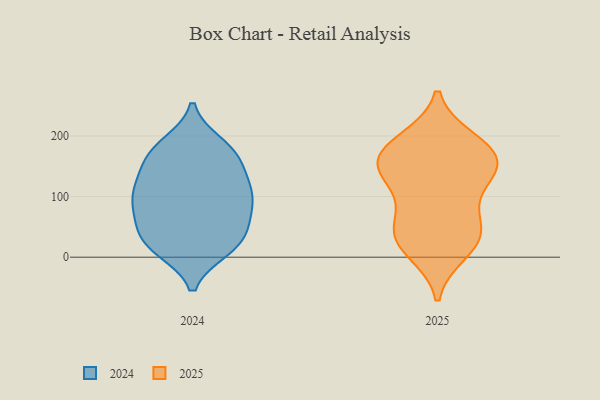
{"axis": {"x": "Headcount", "y": "Value"}, "legend": ["2024", "2025"], "data": [{"x": "", "y": 181, "type": "2025"}, {"x": "", "y": 144, "type": "2025"}, {"x": "", "y": 87, "type": "2025"}, {"x": "", "y": 30, "type": "2025"}, {"x": "", "y": 10, "type": "2025"}, {"x": "", "y": 178, "type": "2025"}, {"x": "", "y": 168, "type": "2025"}, {"x": "", "y": 26, "type": "2025"}, {"x": "", "y": 192, "type": "2025"}, {"x": "", "y": 137, "type": "2025"}, {"x": "", "y": 137, "type": "2025"}, {"x": "", "y": 49, "type": "2025"}, {"x": "", "y": 147, "type": "2025"}, {"x": "", "y": 50, "type": "2025"}, {"x": "", "y": 73, "type": "2024"}, {"x": "", "y": 162, "type": "2024"}, {"x": "", "y": 17, "type": "2024"}, {"x": "", "y": 176, "type": "2024"}, {"x": "", "y": 186, "type": "2024"}, {"x": "", "y": 30, "type": "2024"}, {"x": "", "y": 63, "type": "2024"}, {"x": "", "y": 32, "type": "2024"}, {"x": "", "y": 102, "type": "2024"}, {"x": "", "y": 14, "type": "2024"}, {"x": "", "y": 99, "type": "2024"}, {"x": "", "y": 13, "type": "2024"}, {"x": "", "y": 131, "type": "2024"}, {"x": "", "y": 163, "type": "2024"}, {"x": "", "y": 49, "type": "2024"}, {"x": "", "y": 120, "type": "2024"}, {"x": "", "y": 178, "type": "2024"}, {"x": "", "y": 97, "type": "2024"}, {"x": "", "y": 122, "type": "2024"}, {"x": "", "y": 83, "type": "2024"}]}